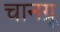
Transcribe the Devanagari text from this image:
चानग्रू